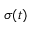
\sigma ( t )